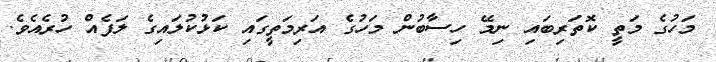
މަހުގެ މަތީ ކޮތަރިބައި ނިމޭ ހިސާބުން މަހުގެ އަރިމަތީގައި ކަޅުކުލައިގެ ލަފެއް ހުރެއެވެ.